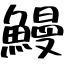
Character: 鰻